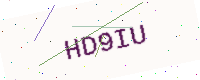
Text: HD9IU